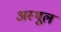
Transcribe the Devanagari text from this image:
अस्थूल